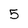
Character: 5